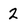
Character: 2